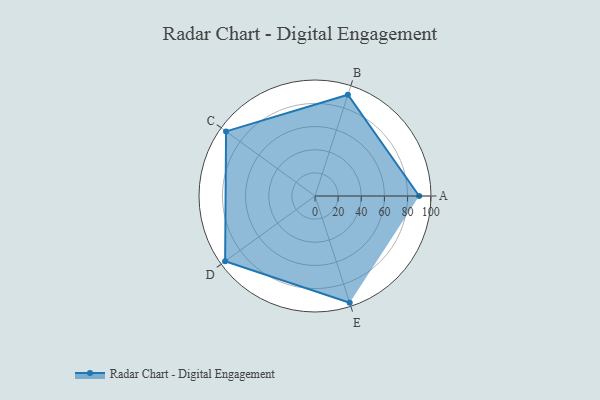
{"axis": {"x": "Skill", "y": "Score"}, "legend": ["Profile"], "data": [{"x": "A", "y": 90.0, "type": "Profile"}, {"x": "B", "y": 92.0, "type": "Profile"}, {"x": "C", "y": 95.0, "type": "Profile"}, {"x": "D", "y": 96.0, "type": "Profile"}, {"x": "E", "y": 97.0, "type": "Profile"}]}